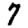
Digit: 7